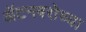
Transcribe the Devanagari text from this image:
ॲटनबरोच्या